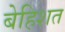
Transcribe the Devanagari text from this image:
बेहिशत